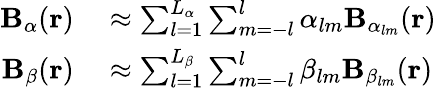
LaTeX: \begin{array}{rl}{\mathbf{B}_{\alpha}(\mathbf{r})}&{{}\approx\sum_{l=1}^{L_{\alpha}}\sum_{m=-l}^{l}\alpha_{lm}\mathbf{B}_{\alpha_{lm}}(\mathbf{r})}\\ {\mathbf{B}_{\beta}(\mathbf{r})}&{{}\approx\sum_{l=1}^{L_{\beta}}\sum_{m=-l}^{l}\beta_{lm}\mathbf{B}_{\beta_{lm}}(\mathbf{r})}\end{array}